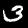
Digit: 3